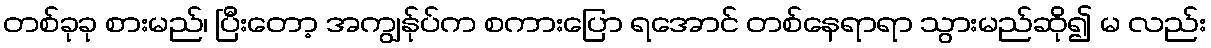
တစ်ခုခု စားမည်၊ ပြီးတော့ အကျွန်ုပ်က စကားပြော ရအောင် တစ်နေရာရာ သွားမည်ဆို၍ မ လည်း